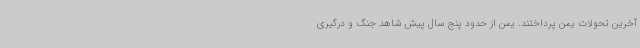
آخرین تحولات یمن پرداختند. یمن از حدود پنج سال پیش شاهد جنگ و درگیری